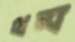
থম